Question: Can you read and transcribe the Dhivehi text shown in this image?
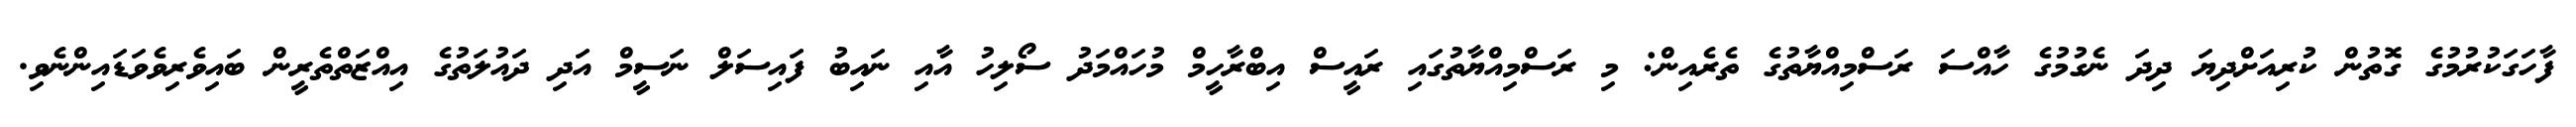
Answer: ފާހަގަކުރުމުގެ ގޮތުން ކުރިއަށްދިޔަ ދިދަ ނެގުމުގެ ހާއްސަ ރަސްމިއްޔާތުގެ ތެރެއިން: މި ރަސްމިއްޔާތުގައި ރައީސް އިބްރާހީމް މުހައްމަދު ސޯލިހު އާއި ނައިބު ފައިސަލް ނަސީމް އަދި ދައުލަތުގެ އިއްޒަތްތެރީން ބައިވެރިވެވަޑައިންނެވި.